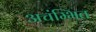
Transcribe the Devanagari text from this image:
अचंम्भित